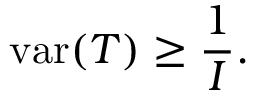
\operatorname { v a r } ( T ) \geq { \frac { 1 } { I } } .